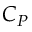
C _ { P }